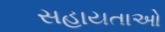
સહાયતાઓ